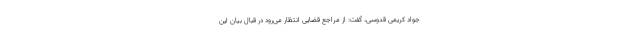
جواد کریمی قدوسی، گفت: از مراجع قضایی انتظار می‌رود در قبال بیان این